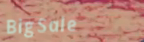
BigSale